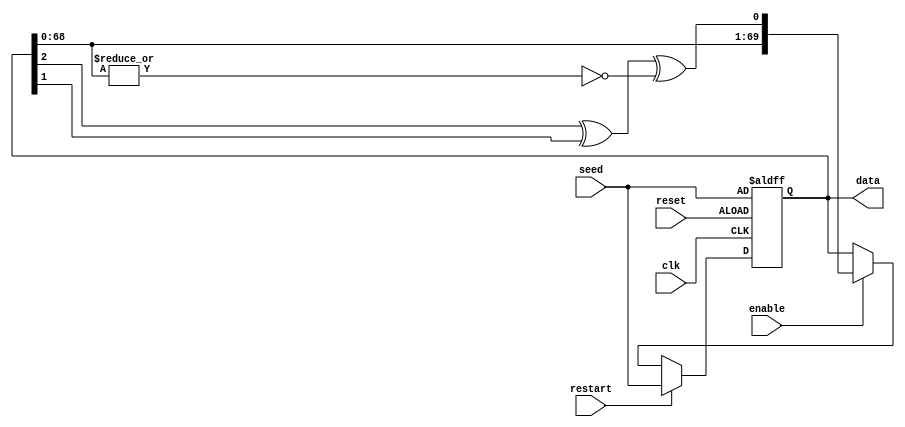
/*
 * This file was generated by the scsynth tool, and is availablefor use under
 * the MIT license. More information can be found at
 * https://github.com/arminalaghi/scsynth/
 */
module LFSR_70_bit_added_zero_asd(//Linear feedback shift register
	input [69:0] seed, //Initial value
	output [69:0] data, //Current value
	input enable, //When on, new state every clock cycle
	input restart, //Restart the LFSR at its seed state

	input reset,
	input clk
);

	reg [69:0] shift_reg;
	wire shift_in;

	always @(posedge clk or posedge reset) begin
		if (reset) shift_reg <= seed;
		else if (restart) shift_reg <= seed;
		else if (enable) shift_reg <= {shift_reg[68:0], shift_in};
	end


	wire xor_out;
	assign xor_out = shift_reg[2] ^ shift_reg[1];

	wire zero_detector;
	assign zero_detector = ~(|(shift_reg[68:0]));
	assign shift_in = xor_out ^ zero_detector;


	assign data = shift_reg;
endmodule